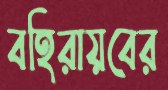
বহিরায়বের